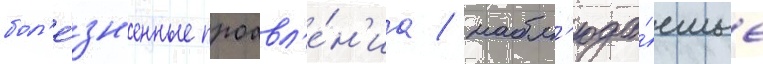
бол'е́зн'енные проавл'е́н'иа / набл'юда́емые